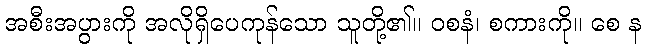
အစီးအပွားကို အလိုရှိပေကုန်သော သူတို့၏။ ဝစနံ၊ စကားကို။ စေ န